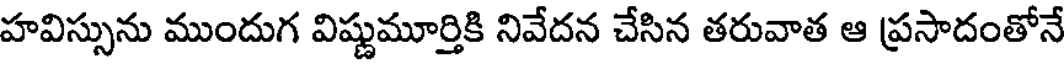
హవిస్సును ముందుగ విష్ణుమూర్తికి నివేదన చేసిన తరువాత ఆ ప్రసాదంతోనే